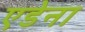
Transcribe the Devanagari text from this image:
एडेना